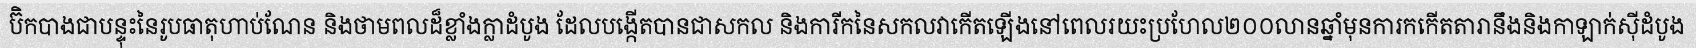
ប៊ិកបាងជាបន្ទុះនៃរូបធាតុហាប់ណែន និងថាមពលដ៏ខ្លាំងក្លាដំបូង ដែលបង្កើតបានជាសកល និងការីកនៃសកលវាកើតឡើងនៅពេលរយះប្រហែល២០០លានឆ្នាំមុនការកកើតតារានឹងនិងកាឡាក់ស៊ីដំបូង